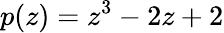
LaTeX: p(z)=z^{3}-2z+2